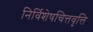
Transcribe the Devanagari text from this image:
निर्विशेषचित्तवृत्ति